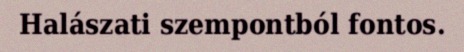
Halászati szempontból fontos.